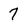
Character: 7